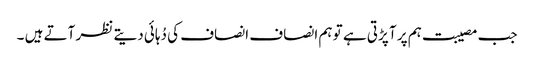
جب مصیبت ہم پر آ پڑتی ہے تو ہم انصاف انصاف کی دُہائی دیتے نظر آتے ہیں ۔